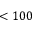
< 1 0 0